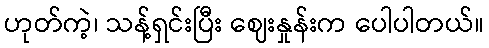
ဟုတ်ကဲ့၊ သန့်ရှင်းပြီး ဈေးနှုန်းက ပေါပါတယ်။